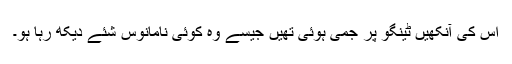
اس کی آنکھیں ٹینگو پر جمی ہوئی تھیں جیسے وہ کوئی نامانوس شئے دیکھ رہا ہو۔